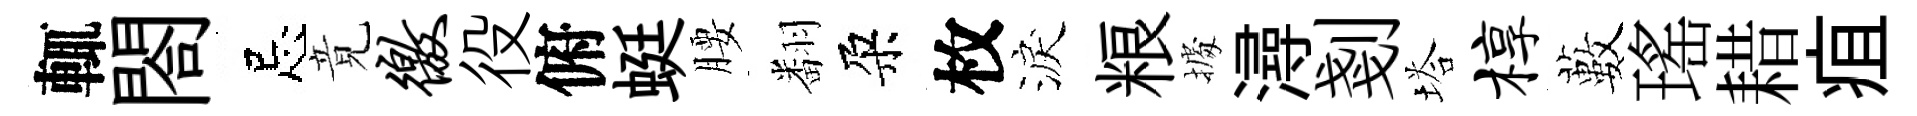
輒閤忌竟徼役俯蜓腰翻朶枚淚粮𢴃潯剗塔椁藪瑤耤疽